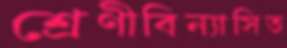
শ্রেণীবিন্যাসিত